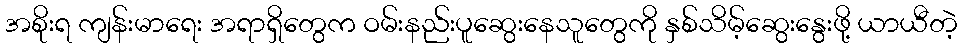
အစိုးရ ကျန်းမာရေး အရာရှိတွေက ဝမ်းနည်းပူဆွေးနေသူတွေကို နှစ်သိမ့်ဆွေးနွေးဖို့ ယာယီတဲ့